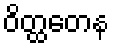
ဝိတ္ထတေန